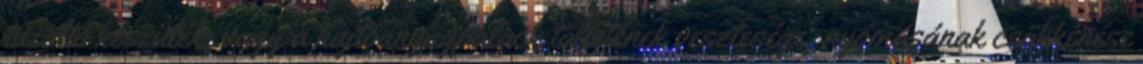
tûzoltó készülék, vagy a hajtóanyagpalack töltetének vesztesége, nyomásának csökkenése